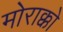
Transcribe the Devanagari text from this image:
मोराक्को